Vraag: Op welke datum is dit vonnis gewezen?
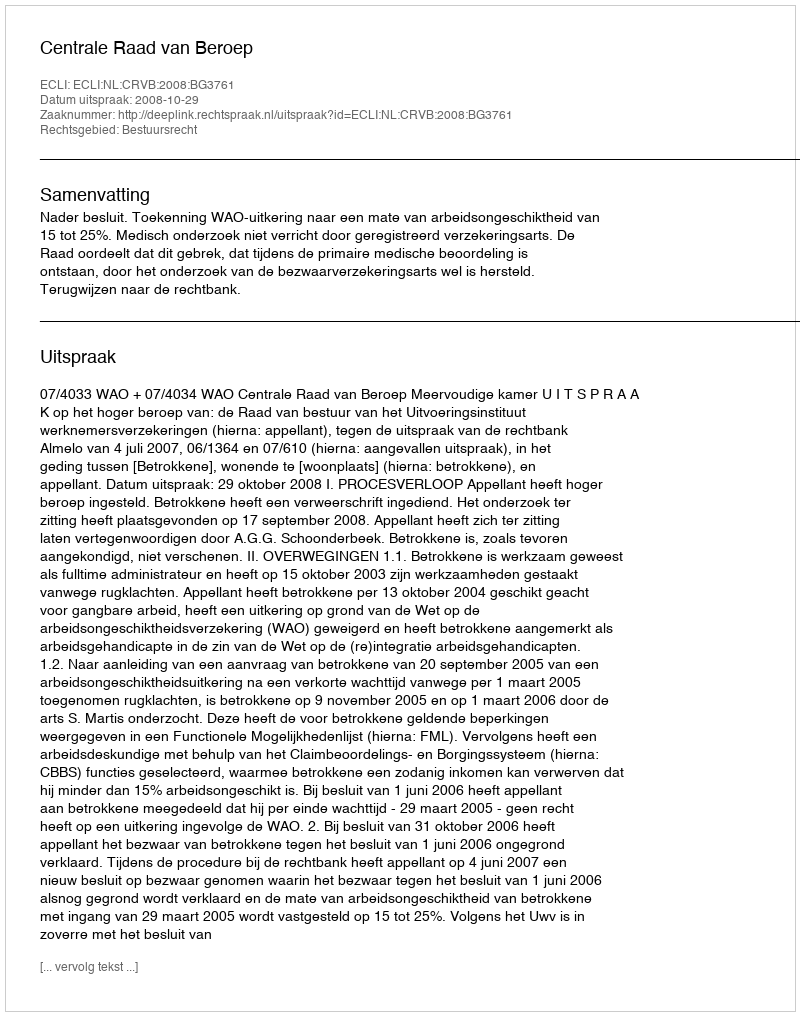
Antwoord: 2008-10-29